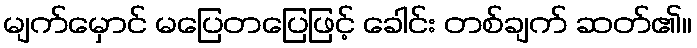
မျက်မှောင် မပြေတပြေဖြင့် ခေါင်း တစ်ချက် ဆတ်၏။